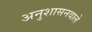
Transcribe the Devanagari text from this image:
अनुशासनवाले